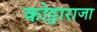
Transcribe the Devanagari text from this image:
कोट्टाराजा